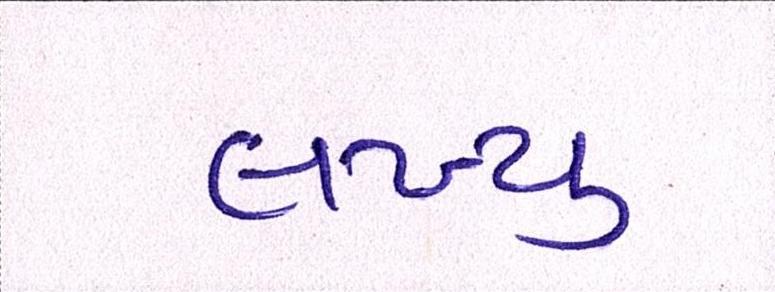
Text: લખ્યુ